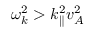
\omega _ { k } ^ { 2 } > k _ { \parallel } ^ { 2 } v _ { A } ^ { 2 }